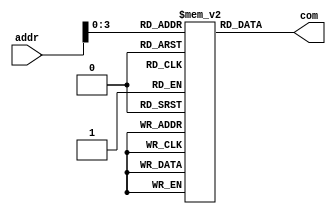
`ifndef __IM_V
`define __IM_V

module im(addr, com);
	input [15:0] addr;
	output [15:0] com;
	reg [15:0] prog[15:0]; // 
	
	assign com = prog[addr];
endmodule


`endif // __IM_V